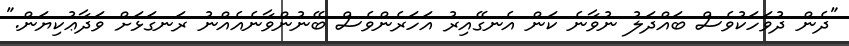
"ދެން ދުވަހަކުވެސް ބައްދަލު ނުވާނެ ކަން އެނގޭއިރު އަހަރެންވެސް ބޭނުންވާނެއެއްނު ރަނގަޅަށް ވަދާޢުކިޔަން."